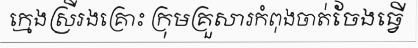
ក្មេងស្រីរងគ្រោះ ក្រុមគ្រួសារកំពុងចាត់ចែងធ្វើ